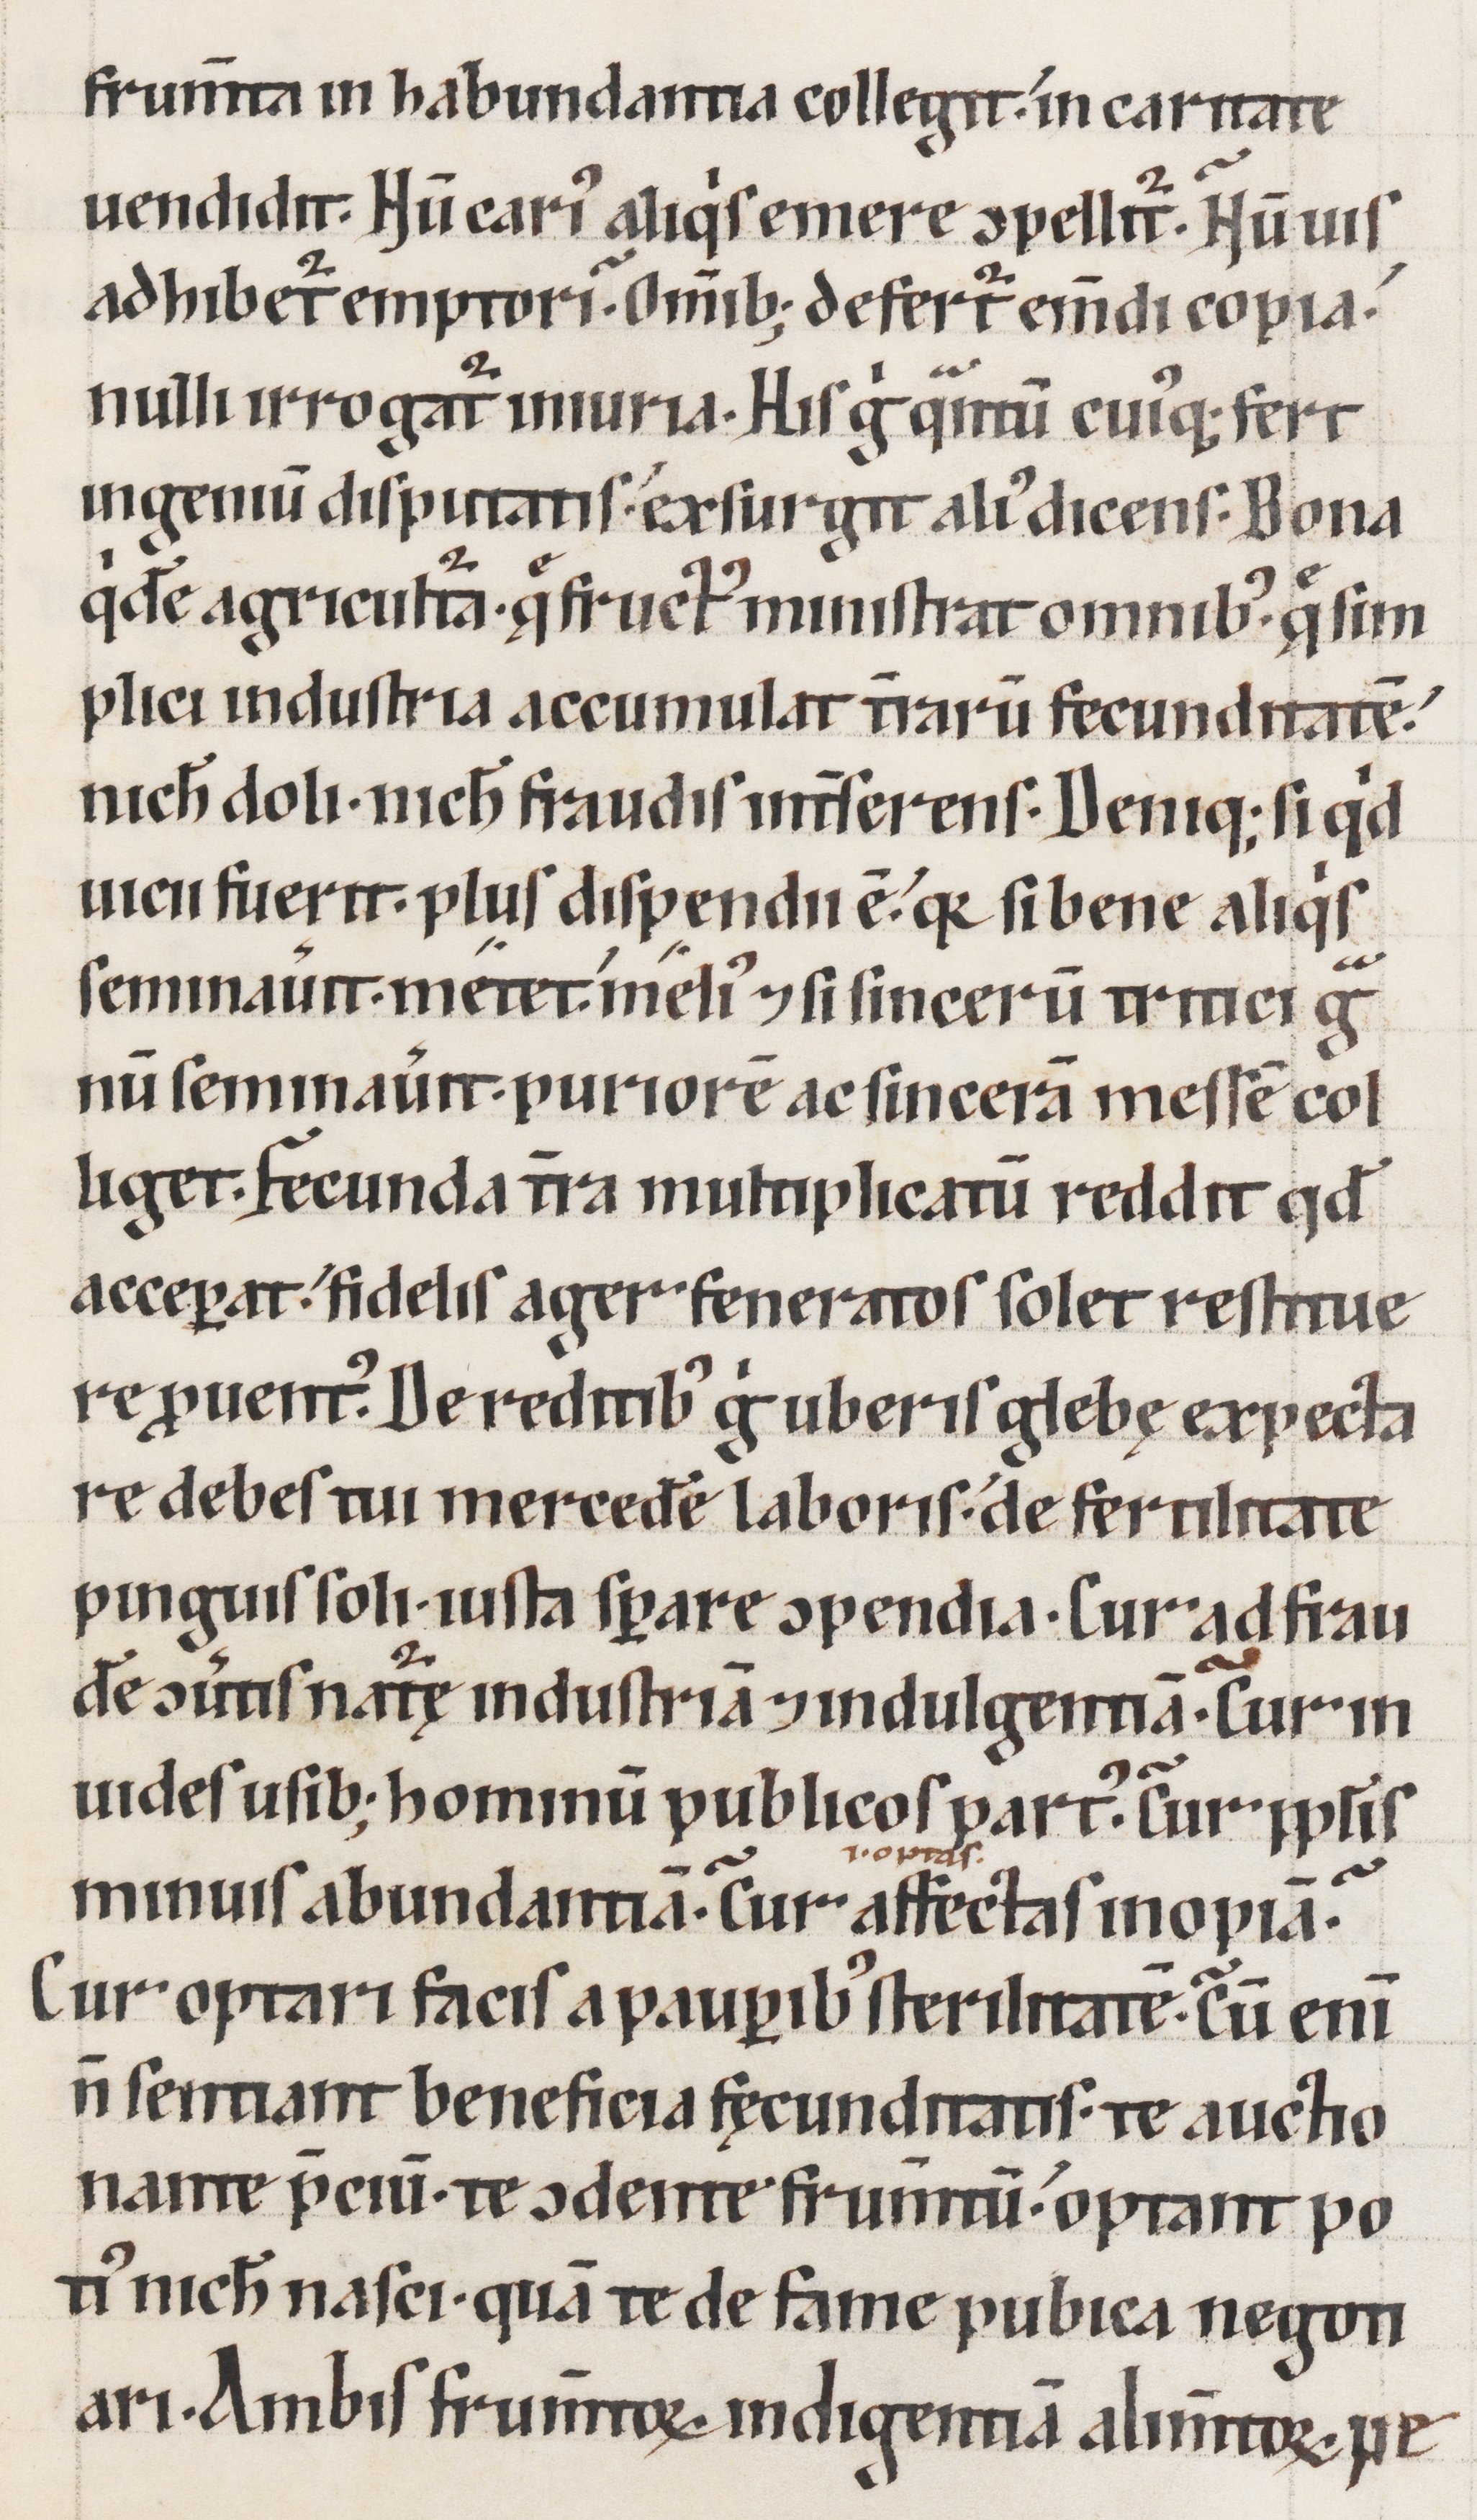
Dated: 1100–1199